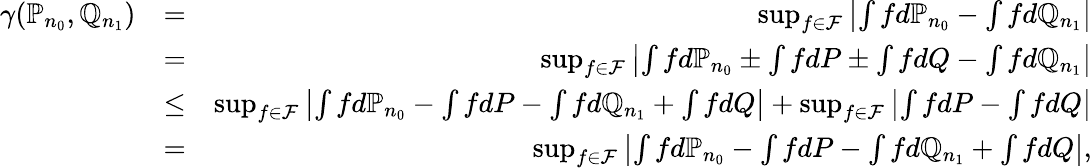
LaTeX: \begin{array}{rlr}{\gamma(\mathbb{P}_{n_{0}},\mathbb{Q}_{n_{1}})}&{=}&{\operatorname*{sup}_{f\in{\cal F}}\left|\int fd\mathbb{P}_{n_{0}}-\int fd\mathbb{Q}_{n_{1}}\right|}\\ &{=}&{\operatorname*{sup}_{f\in{\cal F}}\left|\int fd\mathbb{P}_{n_{0}}\pm\int fdP\pm\int{fdQ}-\int fd\mathbb{Q}_{n_{1}}\right|}\\ &{\leq}&{\operatorname*{sup}_{f\in{\cal F}}\left|\int fd\mathbb{P}_{n_{0}}-\int fdP-\int fd\mathbb{Q}_{n_{1}}+\int{fdQ}\right|+\operatorname*{sup}_{f\in{\cal F}}\left|\int fdP-\int{fdQ}\right|}\\ &{=}&{\operatorname*{sup}_{f\in{\cal F}}\left|\int fd\mathbb{P}_{n_{0}}-\int fdP-\int fd\mathbb{Q}_{n_{1}}+\int{fdQ}\right|,}\end{array}